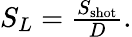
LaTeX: \begin{array}{r}{S_{L}=\frac{S_{\mathrm{shot}}}{D}.}\end{array}